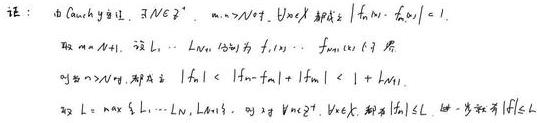
证：由 Cauchy 引理，$\forall N\in\mathbb{Z}^+$，$m > n > N$，有$|f_m - f_n| < 1$.
取$m = N + 1$，记$L_1,\cdots,L_N,L_{N + 1}$为$|f_1|,\cdots,|f_N|,|f_{N+1}|$的界.
当$n > N$时，即有$|f_n|\leq|f_n - f_{N + 1}|+|f_{N + 1}|<1 + L_{N + 1}$.
取$L=\max\{L_1,\cdots,L_N,L_{N + 1}\}$，则$\forall n\in\mathbb{Z}^+$，总有$|f_n|\leq L$，故$\{f_n\}$有界.